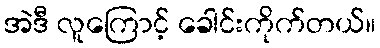
အဲဒီ လူကြောင့် ခေါင်းကိုက်တယ်။